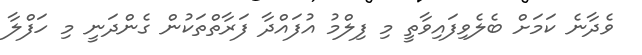
ވެދާނެ ކަމަށް ބެލެވިފައިވާތީ މި ފިލްމު އުފައްދާ ފަރާތްތަކުން ގެންދަނީ މި ހަފްލާ